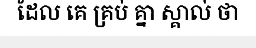
ដែល គេ គ្រប់ គ្នា ស្គាល់ ថា